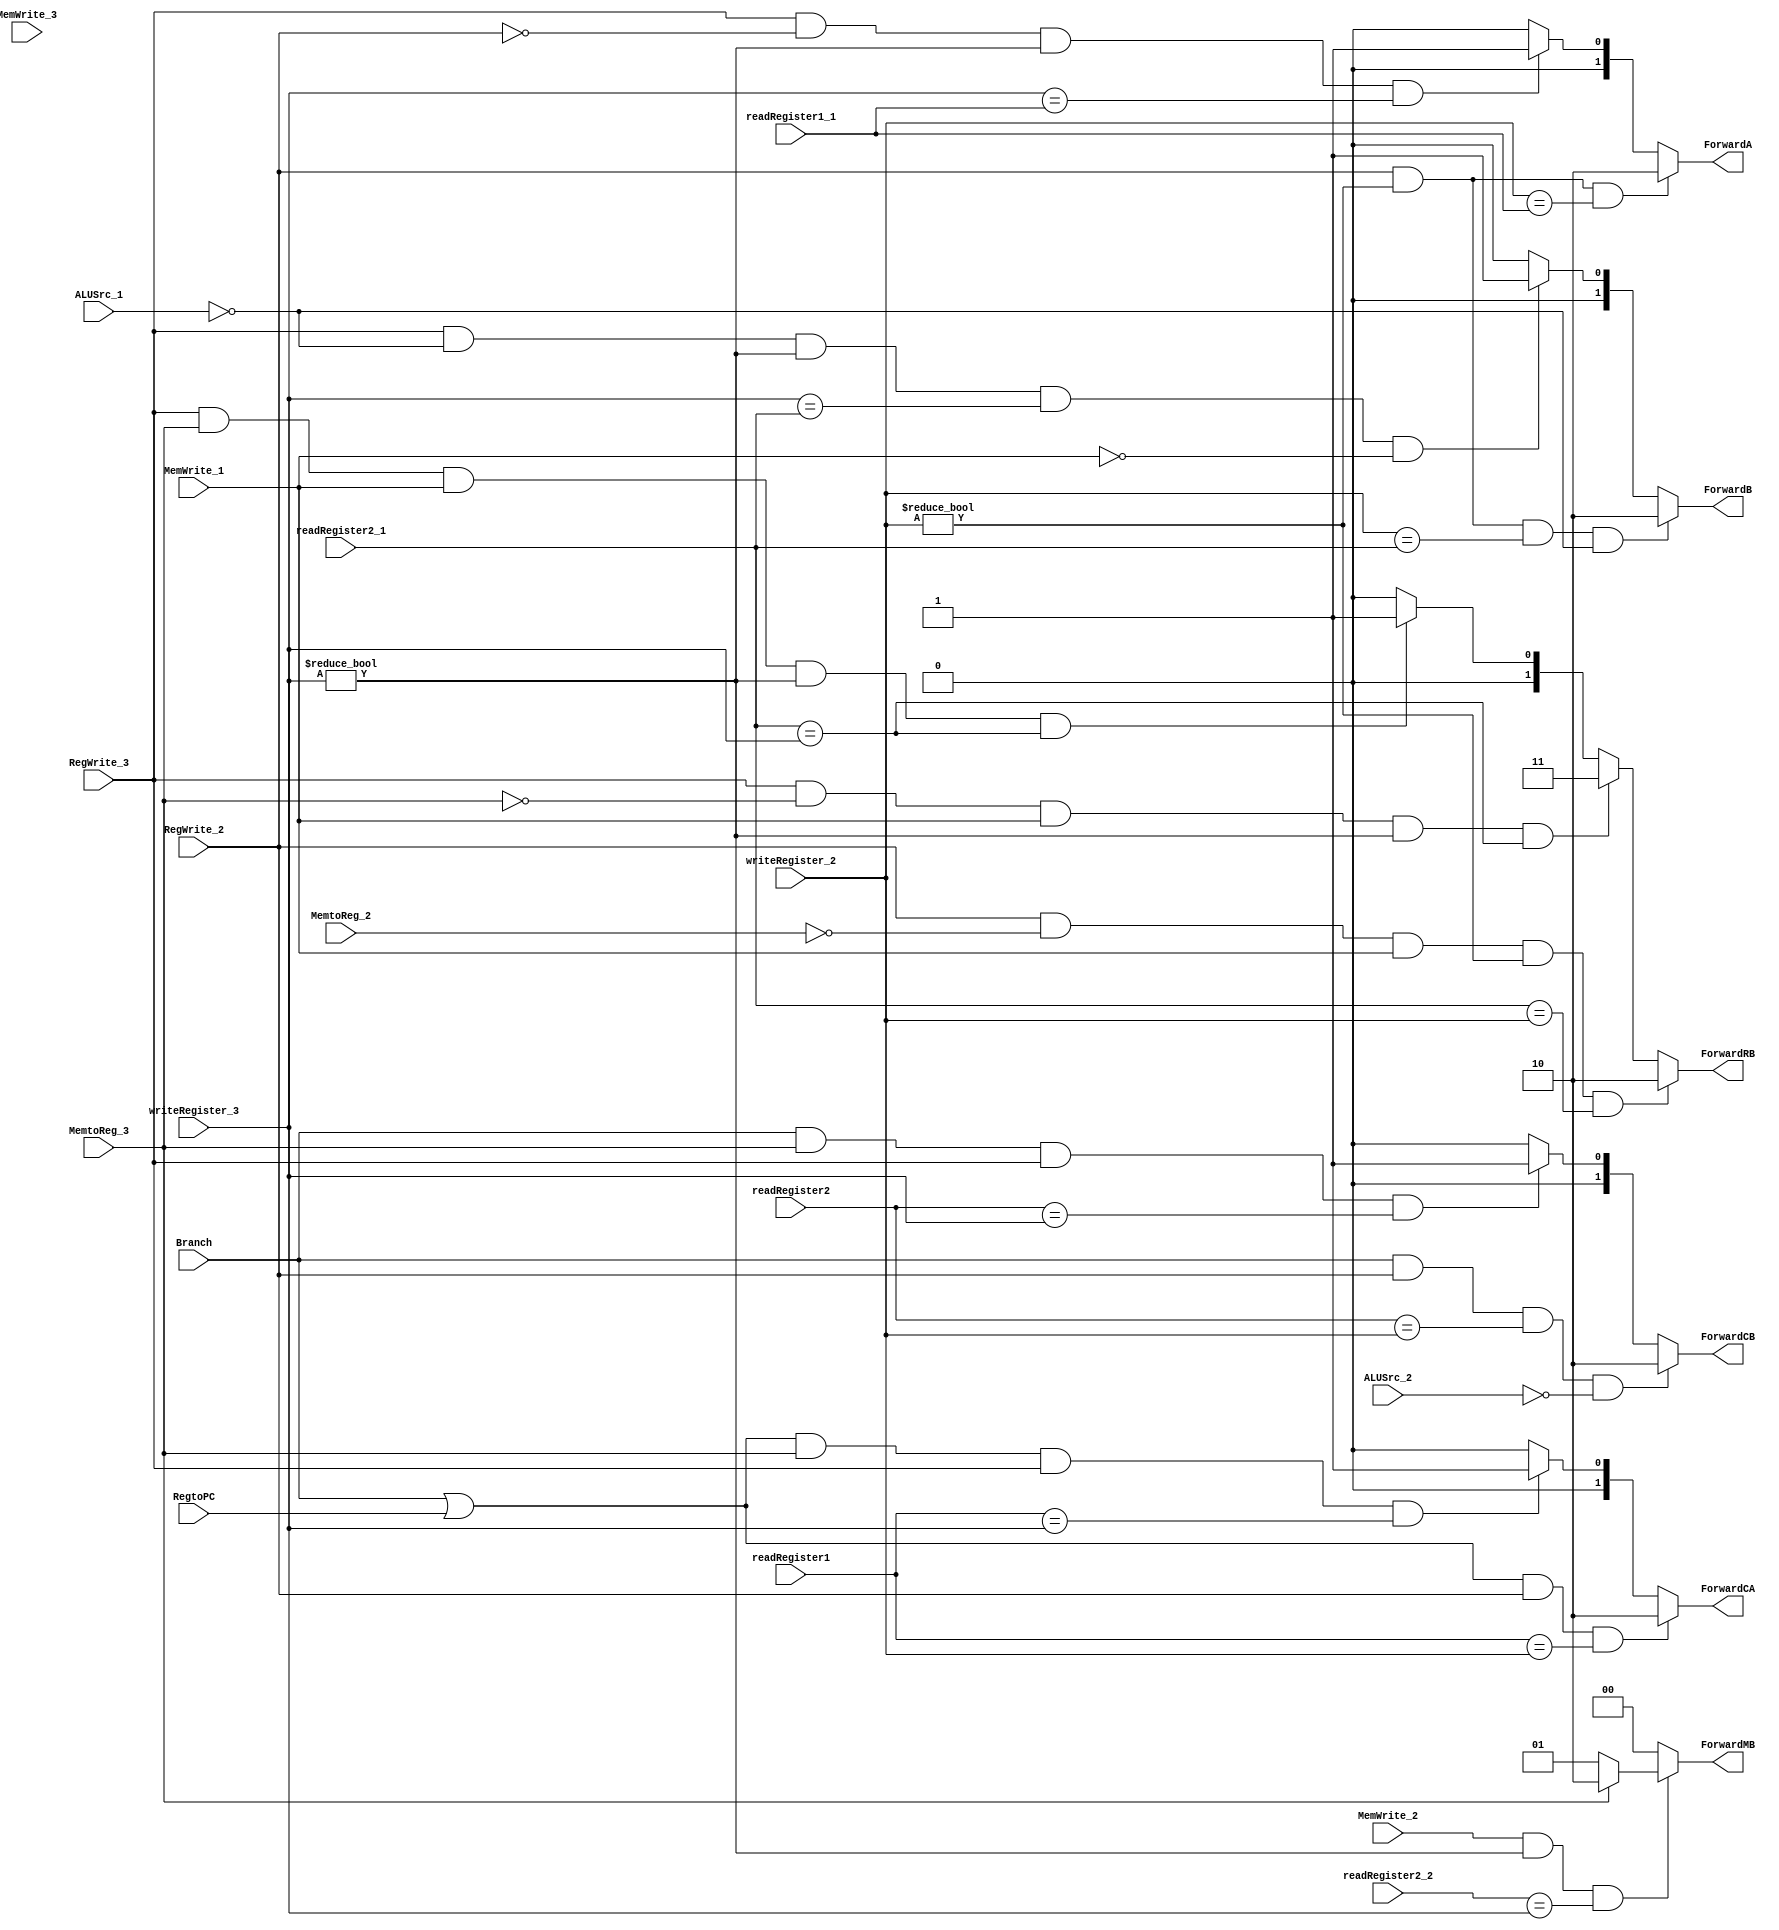
`timescale 1ns / 1ps

module ForwardingUnit(readRegister1_1, readRegister2_1, RegWrite_2,
					  writeRegister_2, RegWrite_3, writeRegister_3, MemtoReg_2,
					  readRegister1, readRegister2, Branch, MemtoReg_3, MemWrite_3,
					  ALUSrc_1, ALUSrc_2, RegtoPC, MemWrite_2, readRegister2_2, MemWrite_1,
					  ForwardA, ForwardB, ForwardCA, ForwardCB, ForwardMB, ForwardRB);
	
	input [4:0] readRegister1_1;
	input [4:0] readRegister2_1;
	input [4:0] writeRegister_2;
	input [4:0] writeRegister_3;
  
	input RegWrite_3;
	input RegWrite_2;
	 
	input Branch;
	input MemtoReg_3;
	input [4:0] readRegister1;
	input [4:0] readRegister2;
	
	input ALUSrc_1;
	input ALUSrc_2;
	input RegtoPC;
	input MemWrite_2;
	input [4:0] readRegister2_2;
	input MemWrite_3;	
	input MemWrite_1;
	
	input MemtoReg_2;

	output reg [1:0] ForwardA;
	output reg [1:0] ForwardB;
	
	output reg [1:0] ForwardCA;
	output reg [1:0] ForwardCB;
	
	output reg [1:0] ForwardMB;
	output reg [1:0] ForwardRB;
	
	initial
	begin
		ForwardA = 0;
		ForwardB = 0;
		ForwardCA = 0;
		ForwardCB = 0;
		ForwardMB = 0;
		ForwardRB = 0;
	end
	
	always@(MemWrite_2 or readRegister2_2 or writeRegister_3)
	if(MemWrite_2 && writeRegister_3 != 0
	   && readRegister2_2 == writeRegister_3)
		if(MemtoReg_3 == 1)
			ForwardMB = 2'b10;
		else
			ForwardMB = 2'b01;
	else
		ForwardMB = 0;
	
	// Forwarding for ALU operands
	always@(readRegister1_1 or readRegister2_1
			or RegWrite_2 or writeRegister_2
			or RegWrite_3 or writeRegister_3 or ALUSrc_2)
	begin
		if(RegWrite_2 && writeRegister_2 != 0 && writeRegister_2 == readRegister1_1)
			ForwardA <= 2'b10;
		else if(RegWrite_3 && !RegWrite_2 && writeRegister_3 != 0 && writeRegister_3 == readRegister1_1)
			ForwardA <= 2'b01;
		else
			ForwardA <= 2'b00;

		if(RegWrite_2 && writeRegister_2 != 0 && writeRegister_2 == readRegister2_1
			&& !ALUSrc_1)
			ForwardB <= 2'b10;
		else if(RegWrite_3 && !ALUSrc_1 && writeRegister_3 != 0 && writeRegister_3 == readRegister2_1 && !MemWrite_1)
			ForwardB <= 2'b01;
		else
			ForwardB <= 2'b00;
	end
	
	// Forwarding for compare operands for BEQ
	always@(Branch or RegtoPC or RegWrite_2 or readRegister1 or writeRegister_2
			or readRegister1 or MemtoReg_3)
	begin
		if((Branch == 1 || RegtoPC == 1) && RegWrite_2 == 1 && readRegister1 == writeRegister_2)
			ForwardCA <= 2'b10;
		else if((Branch == 1 || RegtoPC == 1) && MemtoReg_3 == 1 && RegWrite_3 == 1 
				&& readRegister1 == writeRegister_3)
			ForwardCA <= 2'b01;
		else
			ForwardCA <= 2'b00;
		   
		if(Branch == 1 && RegWrite_2 == 1 && readRegister2 == writeRegister_2
		   && !ALUSrc_2)
			ForwardCB <= 2'b10;
		else if(Branch == 1 && MemtoReg_3 == 1 && RegWrite_3 == 1 
				&& readRegister2 == writeRegister_3)
			ForwardCB <= 2'b01;
		else
			ForwardCB <= 2'b00;
	end
	
	// Forwarding for sw read register
	always@(MemtoReg_3 or MemWrite_1 or MemtoReg_2 or readRegister2_1
			or writeRegister_3 or RegWrite_3 or MemtoReg_2 or RegWrite_2)
	if(RegWrite_2 && !MemtoReg_2 && MemWrite_1 && writeRegister_2 != 0
		&& readRegister2_1 == writeRegister_2)
		ForwardRB <= 2'b10;
	else if(RegWrite_3 && !MemtoReg_3 && MemWrite_1 && writeRegister_3 != 0
		&& readRegister2_1 == writeRegister_3)
		ForwardRB <= 2'b11;
	else if(RegWrite_3 && MemtoReg_3 && MemWrite_1 && writeRegister_3 != 0
		&& readRegister2_1 == writeRegister_3)
		ForwardRB <= 2'b01;
	else
		ForwardRB <= 2'b00;
	
endmodule